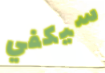
سيكفي